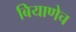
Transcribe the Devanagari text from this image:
बियाणेच